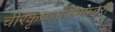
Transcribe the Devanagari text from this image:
चीरकृष्णाजिनाम्बरौ